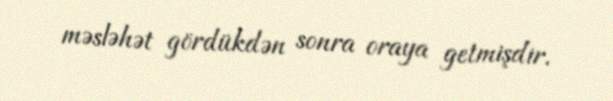
məsləhət gördükdən sonra oraya getmişdir.